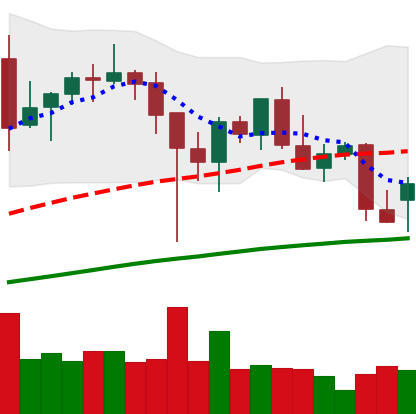
Ticker: BNB-USD
Chart end date: 2021-12-15
Forward return: -3.302%
Label: down_3_5